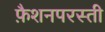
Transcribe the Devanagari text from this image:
फ़ैशनपरस्ती